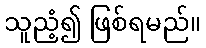
သူညံ့၍ ဖြစ်ရမည်။